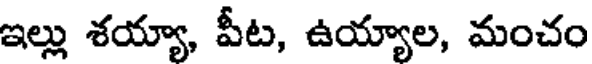
ఇల్లు శయ్యా, పీట, ఉయ్యాల, మంచం